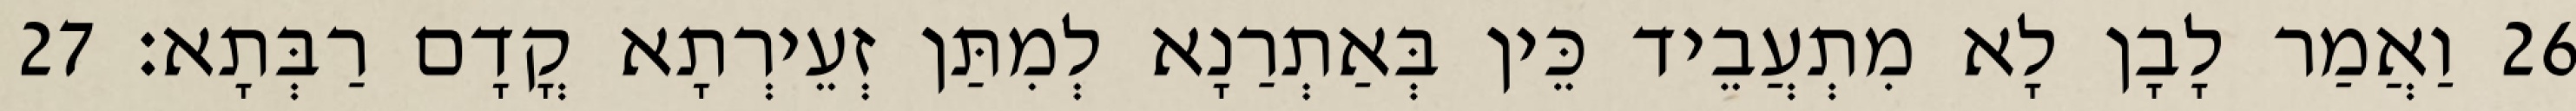
26 וַאֲמַר לָבָן לָא מִתְעֲבֵיד כֵּין בְּאַתְרַנָא לְמִתַּן זְעֵירְתָא קֳדָם רַבְּתָא׃ 27